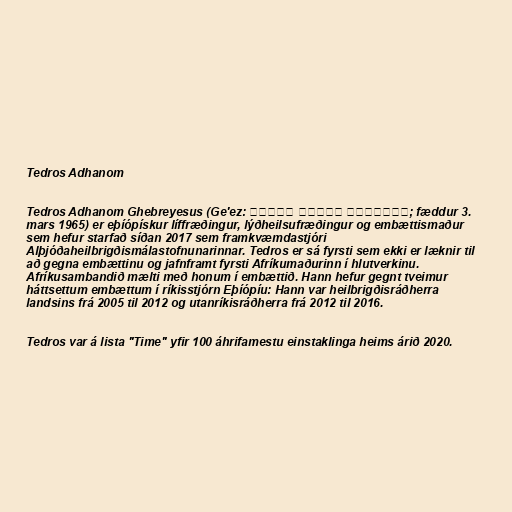
Tedros Adhanom

Tedros Adhanom Ghebreyesus (Ge'ez: ቴዎድሮስ አድሓኖም ገብረኢየሱስ; fæddur 3.
mars 1965) er eþíópískur líffræðingur, lýðheilsufræðingur og embættismaður
sem hefur starfað síðan 2017 sem framkvæmdastjóri
Alþjóðaheilbrigðismálastofnunarinnar. Tedros er sá fyrsti sem ekki er læknir til
að gegna embættinu og jafnframt fyrsti Afríkumaðurinn í hlutverkinu.
Afríkusambandið mælti með honum í embættið. Hann hefur gegnt tveimur
háttsettum embættum í ríkisstjórn Eþíópíu: Hann var heilbrigðisráðherra
landsins frá 2005 til 2012 og utanríkisráðherra frá 2012 til 2016.

Tedros var á lista "Time" yfir 100 áhrifamestu einstaklinga heims árið 2020.